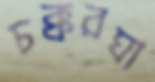
চক্করঘা